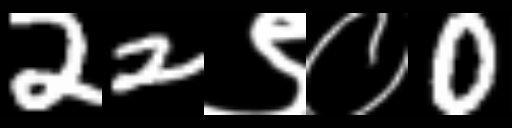
Text: 22९०0